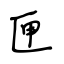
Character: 匣